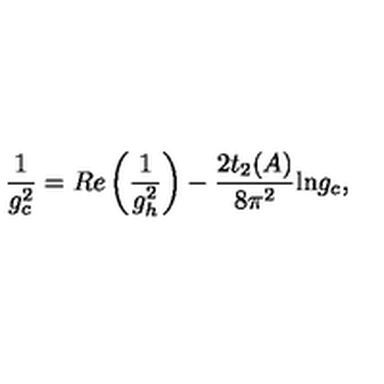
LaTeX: \frac { 1 } { g _ { c } ^ { 2 } } = R e \left( \frac { 1 } { g _ { h } ^ { 2 } } \right) - \frac { 2 t _ { 2 } ( A ) } { 8 \pi ^ { 2 } } \mathrm { l n } g _ { c } ,